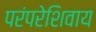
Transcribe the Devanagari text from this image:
परंपरेशिवाय